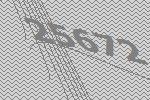
25672